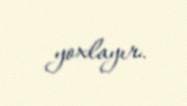
yoxlayır.